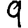
Digit: 9